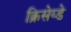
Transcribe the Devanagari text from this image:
क्रिसेय्डे